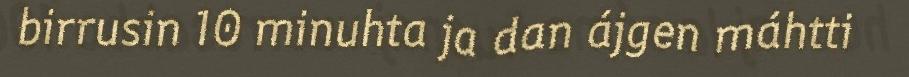
birrusin 10 minuhta ja dan ájgen máhtti